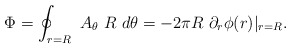
\begin{align*}\Phi =\oint_{r=R}\ A_\theta \ R\ d\theta=-2\pi R\ \partial _r\phi (r) \vert _{r=R}.\end{align*}